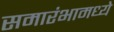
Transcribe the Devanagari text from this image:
समारंभामध्ये